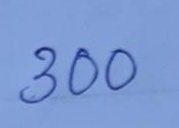
300